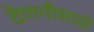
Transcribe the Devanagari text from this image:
देणगीसाठी